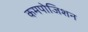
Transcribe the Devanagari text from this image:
कमपोजिशन